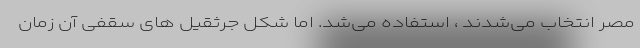
مصر انتخاب می‌شدند ، استفاده می‌شد. اما شکل جرثقیل های سقفی آن زمان